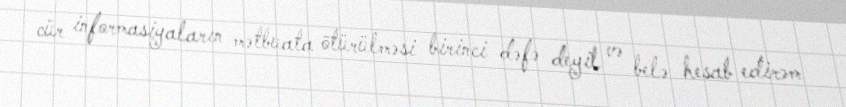
cür informasiyaların mətbuata ötürülməsi birinci dəfə deyil və belə hesab edirəm